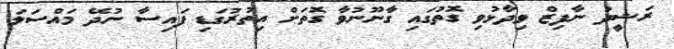
ރަޝީދު ނާފިޒް ވިދާޅުވި ގޮތުގައި ގާނޫނުވާ ގޮތަށް އިތުރުގަޑި ފައިސާ ނުދޭ މައްސަލަ